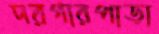
দরগারপাড়া